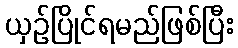
ယှဉ်ပြိုင်ရမည်ဖြစ်ပြီး